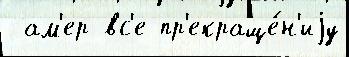
 ам'ер вс'е пр'екраще́н'иjу